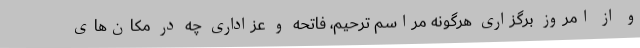
و از امروز برگزاری هرگونه مراسم ترحیم، فاتحه و عزاداری چه در مکان‌های